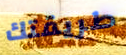
طريقتك